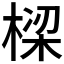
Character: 𬃩